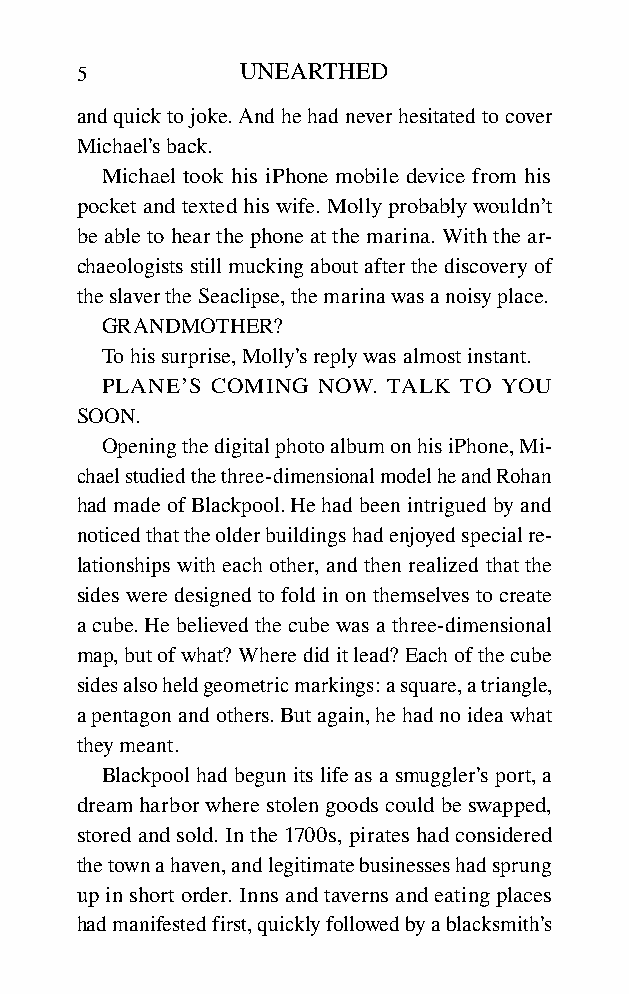
5          UNEARTHED
 and quick to joke. And he had never hesitated to cover
 Michael’s back.
 Michael took his iPhone mobile device from his
 pocket and texted his wife. Molly probably wouldn’t
 be able to hear the phone at the marina. With the ar-
 chaeologists still mucking about after the discovery of
 the slaver the Seaclipse, the marina was a noisy place.
 GRANDMOTHER?
 To his surprise, Molly’s reply was almost instant.
 PLANE’S COMING NOW. TALK TO YOU
 SOON.
 Opening the digital photo album on his iPhone, Mi-
 chael studied the three-dimensional model he and Rohan
 had made of Blackpool. He had been intrigued by and
 noticed that the older buildings had enjoyed special re-
 lationships with each other, and then realized that the
 sides were designed to fold in on themselves to create
 a cube. He believed the cube was a three-dimensional
 map, but of what? Where did it lead? Each of the cube
 sides also held geometric markings: a square, a triangle,
 a pentagon and others. But again, he had no idea what
 they meant.
 Blackpool had begun its life as a smuggler’s port, a
 dream harbor where stolen goods could be swapped,
 stored and sold. In the 1700s, pirates had considered
 the town a haven, and legitimate businesses had sprung
 up in short order. Inns and taverns and eating places
 had manifested first, quickly followed by a blacksmith’s